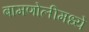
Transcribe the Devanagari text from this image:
बामणोलीमध्ये